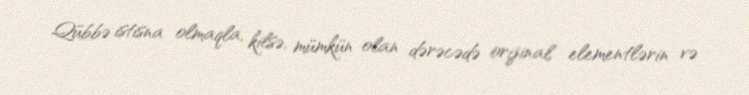
Qübbə istisna olmaqla, kilsə, mümkün olan dərəcədə orijinal elementlərin və